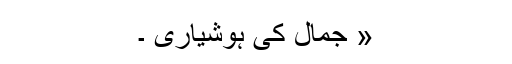
« جمال کی ہوشیاری ۔